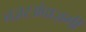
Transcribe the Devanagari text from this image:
नज़रअंदाज़गी